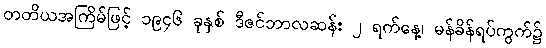
တတိယအကြိမ်ဖြင့် ၁၉၄၆ ခုနှစ် ဒီဇင်ဘာလဆန်း ၂ ရက်နေ့၊ မန်ခိန်ရပ်ကွက်၌